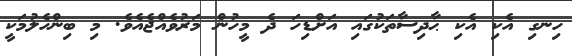
ހިނގި އެކި އެކި ޙާދިސާތަކުގައި އަށްޑިހަ ދެ މީހުން މަރުވެއްޖެއެވެ. މި ބިންހެލުމަކީ